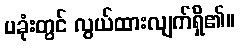
ပခုံးတွင် လွယ်ထားလျက်ရှိ၏။